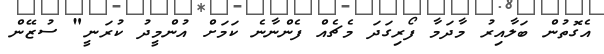
އެގޮތުން ބަލާއިރު މާދަމާ ފޯރިގަދަ މެޗެއް ފެންނާނެ ކަމަށް އުންމީދު ކުރަނީ" ސުޒޭން